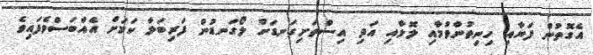
އެގޮތުން ފަޔާއި ހިނިތުންވުމާއި ލޮލާއި އަދި އިސްތަށިގަނޑަށް ލޯގަނޑުން ފަރިބަލާ ކަމަށް އެއްބަސްވެފައިވެ